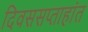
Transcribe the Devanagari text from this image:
दिवससप्ताहांत